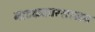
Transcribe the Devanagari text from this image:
नाटककारशरमन